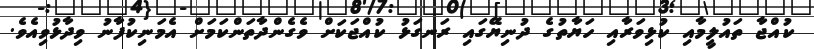
ކުއްޖާ ތައުލީމާއި ކުޅިވަރާއި ހަޔާތުގެ ދުނިޔޭގައި ރަނގަޅު ކުއްޖަކަށް ވެގެންދާތަންކަމަށް އެމަނިކުފާނު ވިދާޅުވިއެވެ.